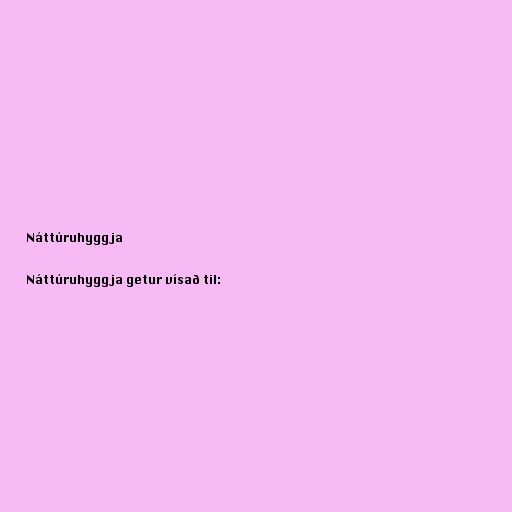
Náttúruhyggja

Náttúruhyggja getur vísað til: